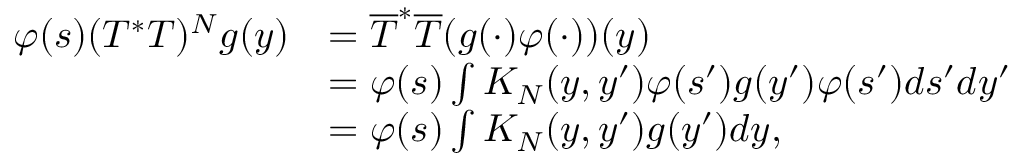
\begin{array} { r l } { \varphi ( s ) ( T ^ { * } T ) ^ { N } g ( y ) } & { = \overline { { T } } ^ { * } \overline { { T } } ( g ( \cdot ) \varphi ( \cdot ) ) ( y ) } \\ & { = \varphi ( s ) \int K _ { N } ( y , y ^ { \prime } ) \varphi ( s ^ { \prime } ) g ( y ^ { \prime } ) \varphi ( s ^ { \prime } ) d s ^ { \prime } d y ^ { \prime } } \\ & { = \varphi ( s ) \int K _ { N } ( y , y ^ { \prime } ) g ( y ^ { \prime } ) d y , } \end{array}